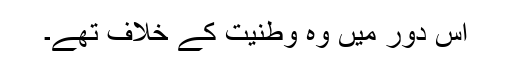
اس دور میں وہ وطنیت کے خلاف تھے۔